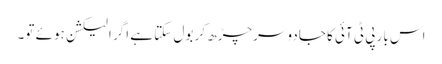
اس بار پی ٹی آئی کا جادو سرچڑھ کر بول سکتا ہے اگر الیکشن ہوئے تو۔